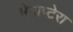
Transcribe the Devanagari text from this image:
मेगाप्टेरा